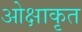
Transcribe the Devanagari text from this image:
ओक्षाकृत